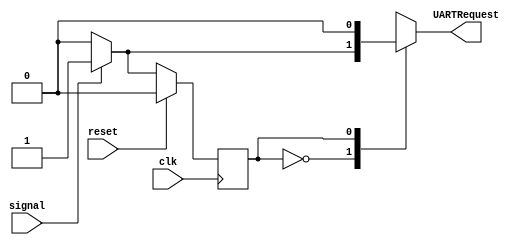
module UARTRequest (input clk,
		    input reset,
		    input signal,
		    output reg UARTRequest);

   localparam STATE_Low = 1'b0,
     STATE_High = 1'b1;

   reg 			   CurrentState, NextState;

   always@(posedge clk) begin
      if (reset)
	CurrentState <= STATE_Low;
      else
	CurrentState <= NextState;
   end

   always@(*) begin
      case(CurrentState)
	STATE_Low: begin
	   UARTRequest = (signal)? 1 : 0;
	   NextState = (signal)? STATE_High : CurrentState;
	end

	STATE_High: begin
	   UARTRequest = 0;
	   NextState = (!signal)? STATE_Low: CurrentState;
	end
	
	default: begin
	   UARTRequest = 0;
	   NextState = CurrentState;
	end
      endcase
   end

endmodule